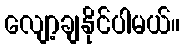
လျော့ချနိုင်ပါမယ်။